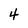
Character: 4